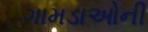
ગામડાઓની